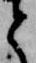
と